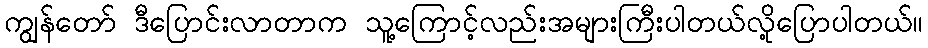
ကျွန်တော် ဒီပြောင်းလာတာက သူ့ကြောင့်လည်းအများကြီးပါတယ်လို့ပြောပါတယ်။